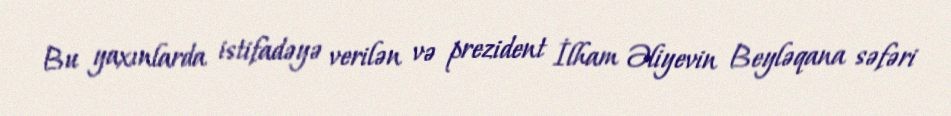
Bu yaxınlarda istifadəyə verilən və prezident İlham Əliyevin Beyləqana səfəri